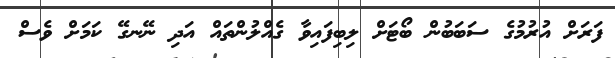
ފަރަށް އުރުމުގެ ސަބަބުން ބޯޓަށް ލިބިފައިވާ ގެއްލުންތައް އަދި ނޭނގޭ ކަމަށް ވެސް